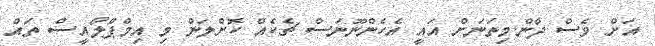
އަށް ވެސް ދާން.މިތަނަށް އައީ އެހެންނޫނަސް ޗެކެއް ކޮށްލަން މި އިމްޕްލޯއީސް ތައް